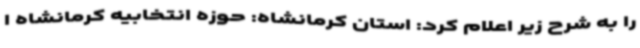
را به شرح زیر اعلام کرد: استان کرمانشاه: حوزه انتخابیه کرمانشاه ا